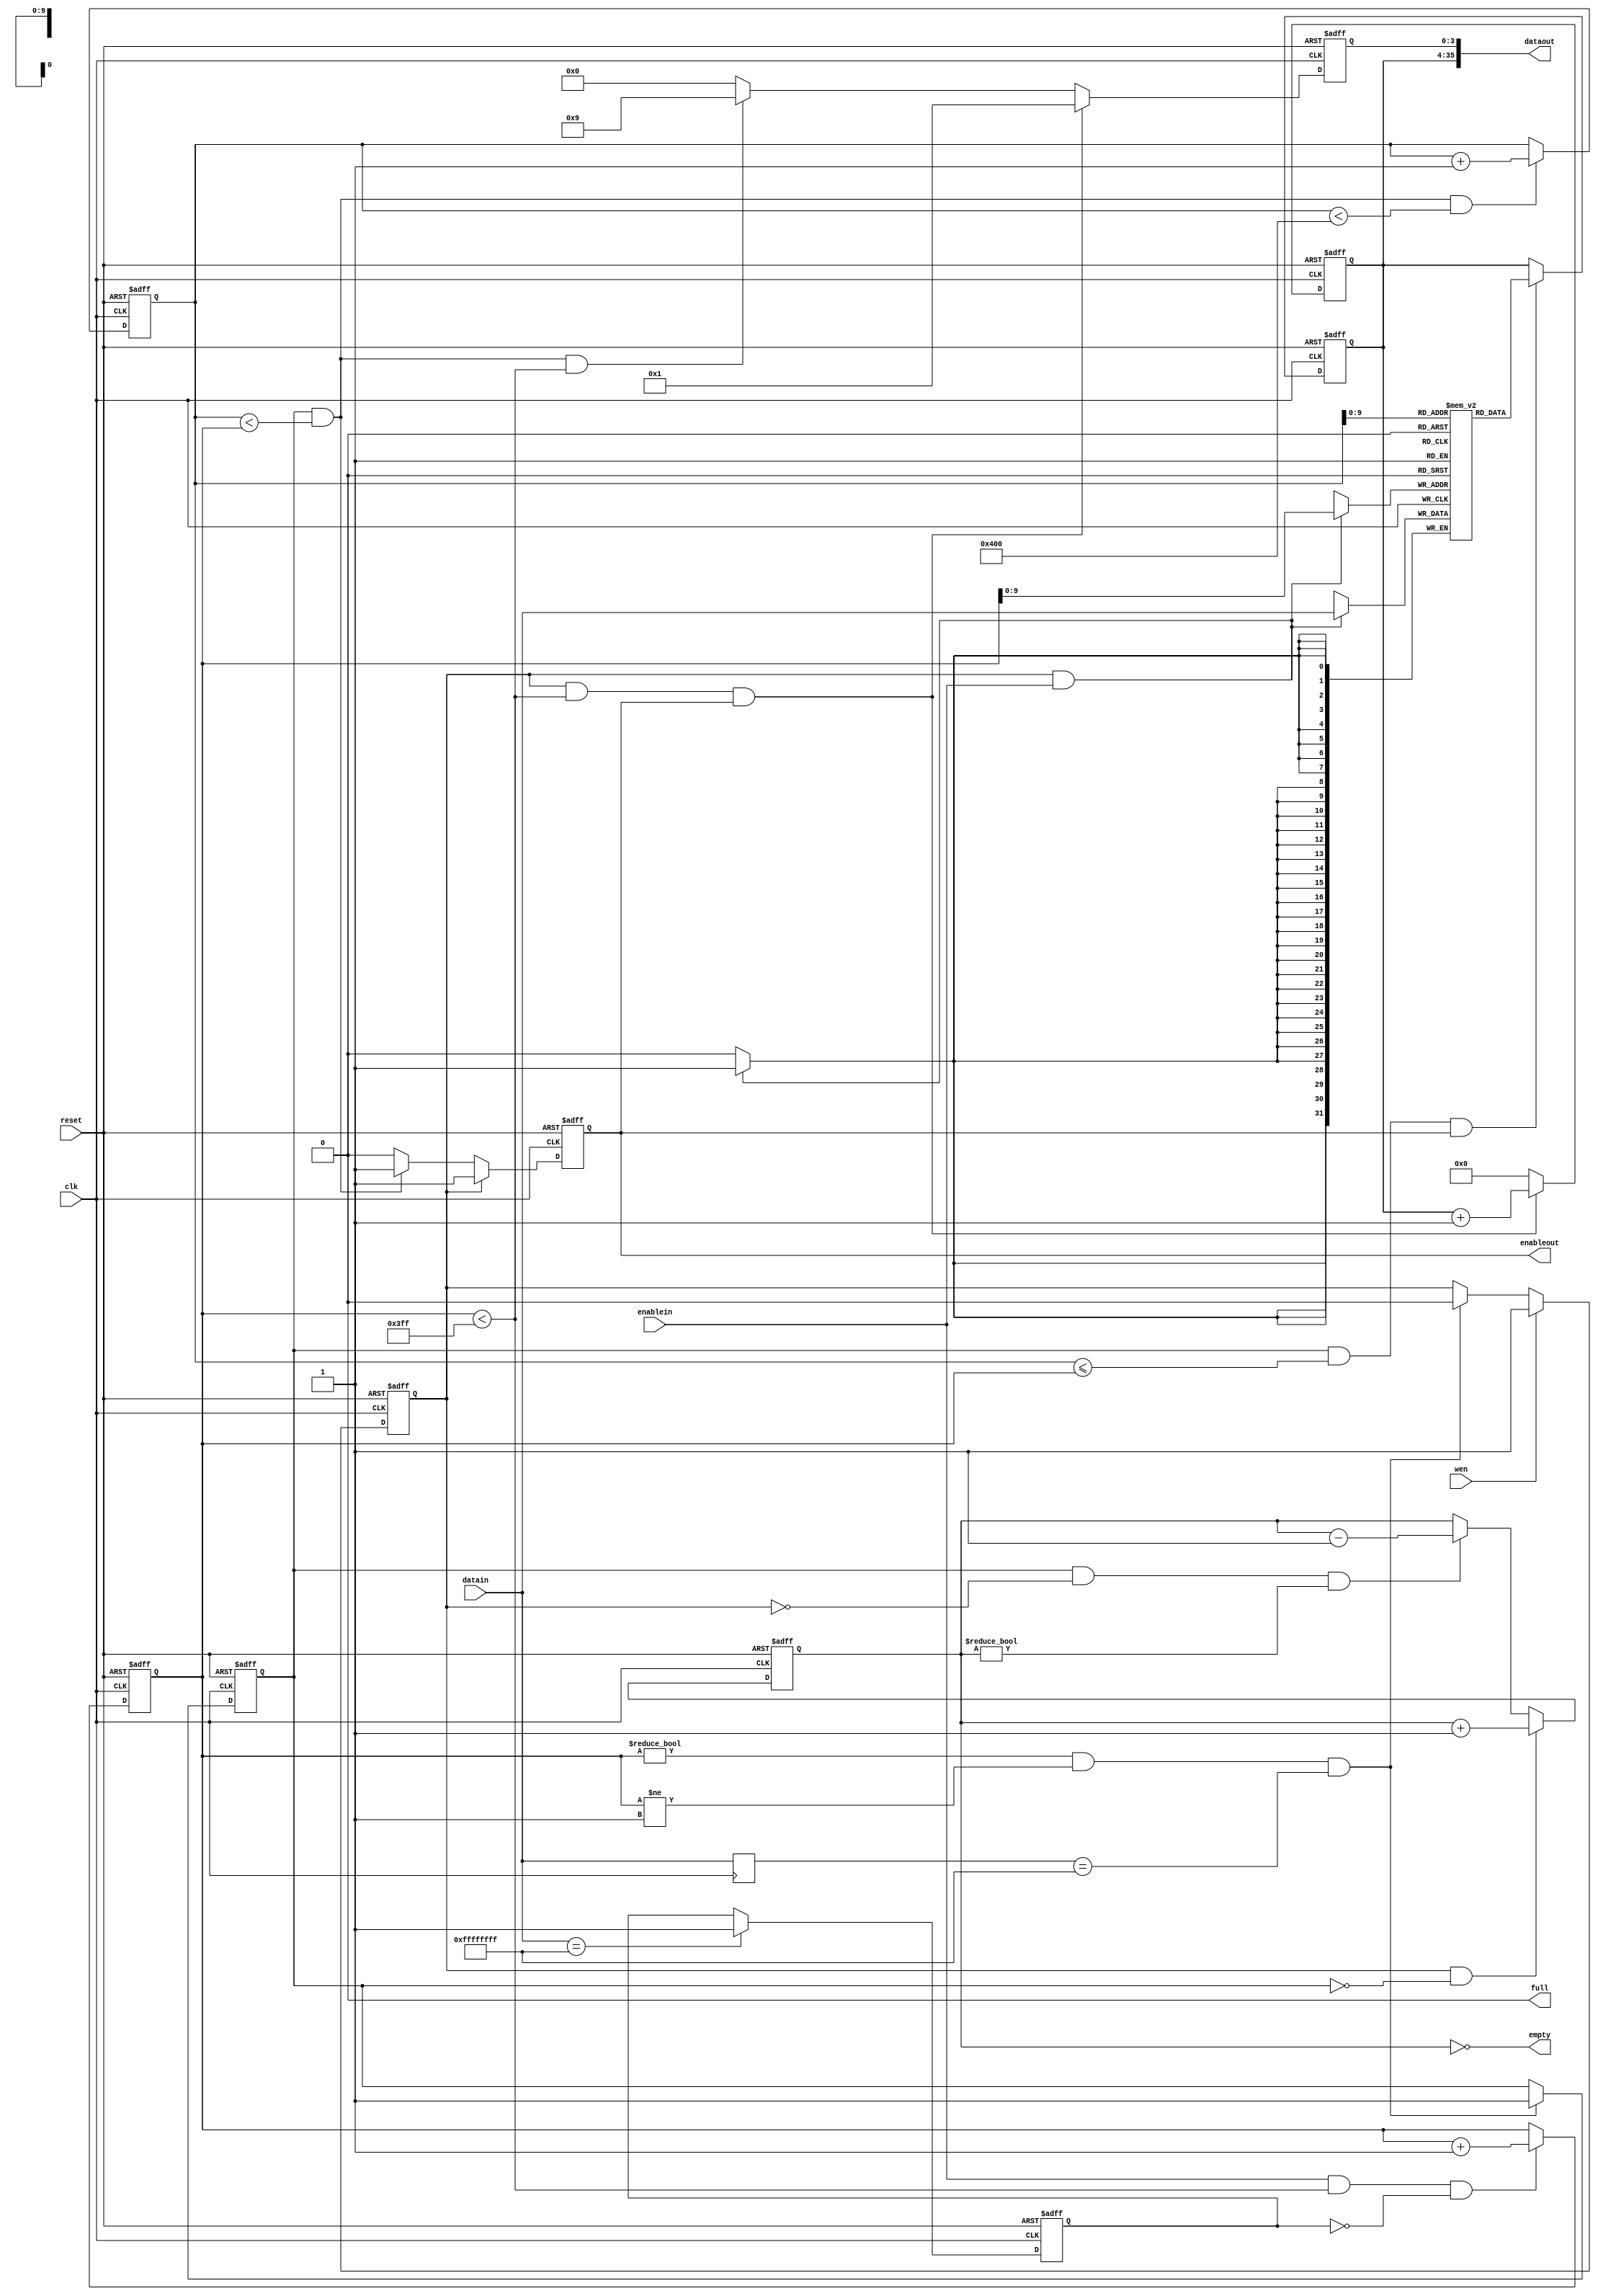
module scheduler1(clk, reset, wen, enablein, datain, dataout, full, empty, enableout);

parameter data_width = 32;
//parameter data_width1 = 34;
// 
parameter data_width1 = 36;
parameter address_width = 5;
parameter FIFO_depth = 1024;


input clk,reset,wen,enablein;
input [data_width-1:0] datain;
output [data_width1-1:0] dataout;
output full,empty;
output enableout;


reg[31:0] write_p,read_p;
reg[address_width:0] counter;
reg[data_width-1:0] dataout1;
wire[data_width1-1:0] dataout;
reg [data_width-1:0] memory[FIFO_depth-1:0];
reg[data_width-1:0] keywordnumber,textfilenumber;
reg enableout1;
reg[3:0] routeraddress;
reg wen1;
reg [data_width-1:0] datain1;
reg ren;
reg counter1;


always@(posedge clk,negedge reset)
begin
//if(reset)	
if(!reset)
   wen1=0;
else 
if(wen)
   wen1=1;
else
//if(write_p!=0&&write_p!=1&&datain1==32'b11111111111111111111111111111111)
if(write_p!=0&&write_p!=1&&datain1==32'b11111111111111111111111111111111)
   wen1=0;
else
   wen1=wen1;
end

always@(posedge clk,negedge reset)
begin
//if(reset)	
if(!reset)
   ren=0;
else
//if(write_p!=0&&write_p!=1&&datain1==32'b11111111111111111111111111111111)
if(write_p!=0&&write_p!=1&&datain1==32'b11111111111111111111111111111111)
   ren=1;
end

always@(posedge clk,negedge reset)
begin
//if(reset)	
if(!reset)
   counter1=0;
else
if(wen&&counter1<2)
   counter1=counter1+1;
end

always@(posedge clk,negedge reset)
begin
//if(reset)	
if(!reset)
   dataout1=0;
else 
if(wen1&&(write_p<FIFO_depth-1)&&(enableout1==1))
   dataout1=dataout1+1;	
// Added by me.
else
	dataout1=0;
end

always@(posedge clk,negedge reset)
begin
//if(reset)	
if(!reset)
   //routeraddress=0;
   routeraddress=4'b0000;
else 
if(wen1&&(write_p<FIFO_depth-1)&&(enableout1==1))
   //routeraddress=2;
   routeraddress=4'b0001;
else
if(ren&&(read_p<write_p)&&(write_p<FIFO_depth-1))
   //routeraddress=1;
   routeraddress=4'b1001;
else
   //routeraddress=0; 
   routeraddress=4'b0000;
end

always@(posedge clk,negedge reset)
begin
//if(reset)	
if(!reset)
   enableout1=0;
else 
if(wen1)
   enableout1=1;
else
if(ren&&(read_p<write_p))
   enableout1=1;
else
   enableout1=0;
end



always@(posedge clk,negedge reset)
begin
//if(reset)	
if(!reset)
   read_p=2;
else if(ren&&(read_p<write_p)&&(read_p<FIFO_depth))
   read_p=read_p+1;
else
   read_p=read_p;
end


always@(posedge clk,negedge reset)
begin
//if(reset)	
if(!reset)
   dataout1=0; 
else if(ren&&(read_p<=write_p)&&(enableout1==1)) 
   dataout1=memory[read_p];
end


//*************
reg end_f;
always@(posedge clk or negedge reset)
	if(!reset)
		end_f <= 0;
	else if(datain == 32'hffffffff)
		end_f <= 1'b1;
	else 
		end_f <= end_f;
//*************

always@(posedge clk,negedge reset)
begin
//if(reset)	
if(!reset)
   write_p=0;
else 								  
									
if(enablein&&(write_p<FIFO_depth-1)&&(end_f==0))
   write_p=write_p+1;
else
   write_p=write_p;
end

always@(posedge clk)
begin
if(wen1&&enablein==1)
   memory[write_p]=datain;
   datain1=datain;
end

always@(posedge clk,negedge reset)
begin
//if(reset)	
if(!reset)
   counter=0;
else if(wen1&&!ren&&(counter!=FIFO_depth))
        counter=counter+1;
else if(ren&&!wen1&&(counter!=0))
        counter=counter-1;
end


always@(posedge clk,negedge reset)
begin
//if(reset)	
if(!reset)
keywordnumber=0;
else if (write_p>=3)
keywordnumber=memory[2];
else
keywordnumber=0;
end

always@(posedge clk,negedge reset)
begin
//if(reset)	
if(!reset)
textfilenumber=0;
else if (write_p>=4)
textfilenumber=memory[3];
else
textfilenumber=0;
end


assign full=(counter==(FIFO_depth-1));
assign empty=(counter==0);
//
//assign dataout[31:0]=dataout1;
//assign dataout[33:32]=routeraddress; 
assign dataout[35:4]=dataout1;
assign dataout[3:0]=routeraddress; 
//
assign enableout=enableout1;





endmodule